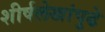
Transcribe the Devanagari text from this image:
शीर्षलेखांपुढे